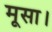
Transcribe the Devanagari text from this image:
मूसा।